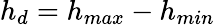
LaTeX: h_{d}=h_{max}-h_{min}